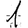
Digit: 1